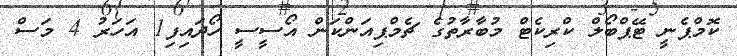
ކޮމްޕެނީ ޓޭޕްބޯލް ކްރިކެޓް މުބާރާތުގެ ޗެމްޕިއަންކަން އޯސީސީ ހޯދައިފި1 އަހަރު 4 މަސް